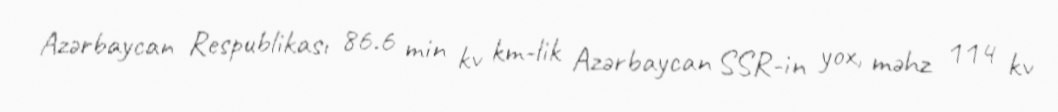
Azərbaycan Respublikası 86.6 min kv km-lik Azərbaycan SSR-in yox, məhz 114 kv